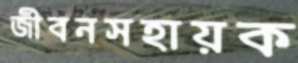
জীবনসহায়ক